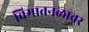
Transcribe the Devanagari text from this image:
विमातनळावर